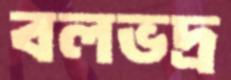
বলভদ্র